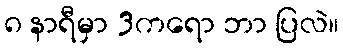
၈ နာရီမှာ 3ကရော ဘာ ပြလဲ။